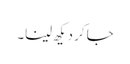
جا کر دیکھ لینا۔